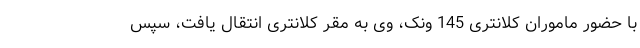
با حضور ماموران کلانتری 145 ونک، وی به مقر کلانتری انتقال یافت، سپس